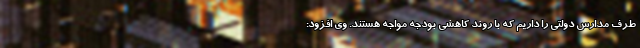
طرف مدارس دولتی را داریم که با روند کاهشی بودجه مواجه هستند. وی افزود: